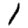
Digit: 1